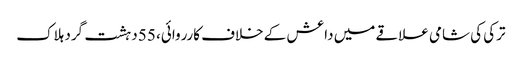
ترکی کی شامی علاقے میں داعش کے خلاف کارروائی، 55 دہشت گرد ہلاک